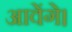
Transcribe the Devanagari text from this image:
आवेंगे।